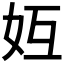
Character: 𪥦